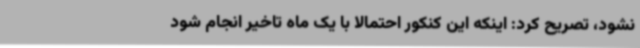
نشود، تصریح کرد: اینکه این کنکور احتمالا با یک ماه تاخیر انجام شود